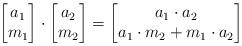
LaTeX: \begin{align*}\begin{bmatrix}a_1 \\m_1\end{bmatrix}\cdot \begin{bmatrix}a_2 \\m_2\end{bmatrix} =\begin{bmatrix}a_1 \cdot a_2\\a_1 \cdot m_2 + m_1\cdot a_2\end{bmatrix}\end{align*}